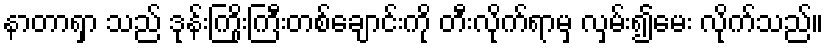
နာတာရှာ သည် ဒုန်းကြိုးကြီးတစ်ချောင်းကို တီးလိုက်ရာမှ လှမ်း၍မေး လိုက်သည်။